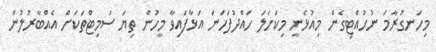
މިހަނގުރާމަ ނުހުއްޓިގެން މިއުޅެނީ މިކަހަލަ ހައްދުފަހަނަ އަޅާފައިވާ މީހުން ތިޔަ ސަމިޓްތަކަށް އެއްބާރުލުން